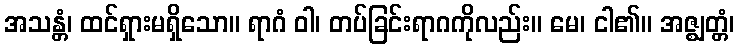
အသန္တံ၊ ထင်ရှားမရှိသော။ ရာဂံ ဝါ၊ တပ်ခြင်းရာဂကိုလည်း။ မေ၊ ငါ၏။ အဇ္ဈတ္တံ၊